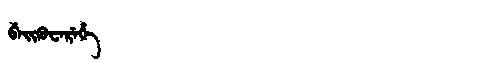
Manchu: ᠪᡝᡳᡴᡠᠸᡝᡵᡝᡥᡝ
Romanization: BEIKUWEREHE